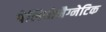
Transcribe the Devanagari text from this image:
पेलियोमैग्नेटिक